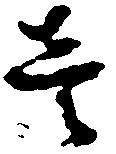
壱